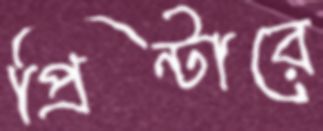
প্রিন্টারে